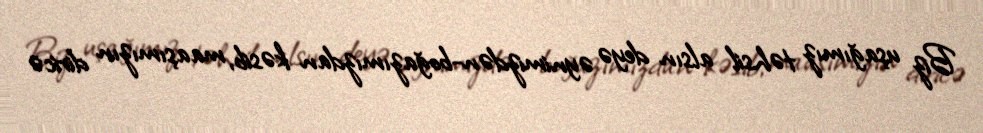
Biz uşağımız təhsil alsın deyə əynimizdən-boğazımızdan kəsib, maaşımızın diricə